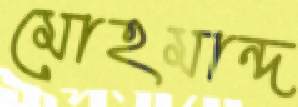
মোহমান্দ